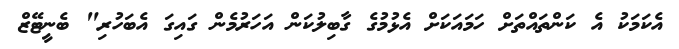
އެކަމަކު އެ ކަންތައްތަށް ހަމައަކަށް އެޅުމުގެ ގާބިލުކަން އަހަރުމެން ގައިގަ އެބަހުރި" ބެނީޓޭޒް